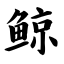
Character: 鲸